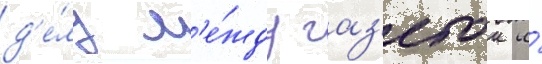
д'е́лу м'е́жду газ'етои и́